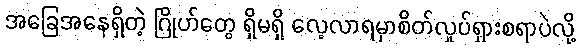
အခြေအနေရှိတဲ့ ဂြိုဟ်တွေ ရှိမရှိ လေ့လာရမှာစိတ်လှုပ်ရှားစရာပဲလို့